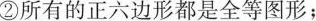
②所有的正六边形都是全等图形；